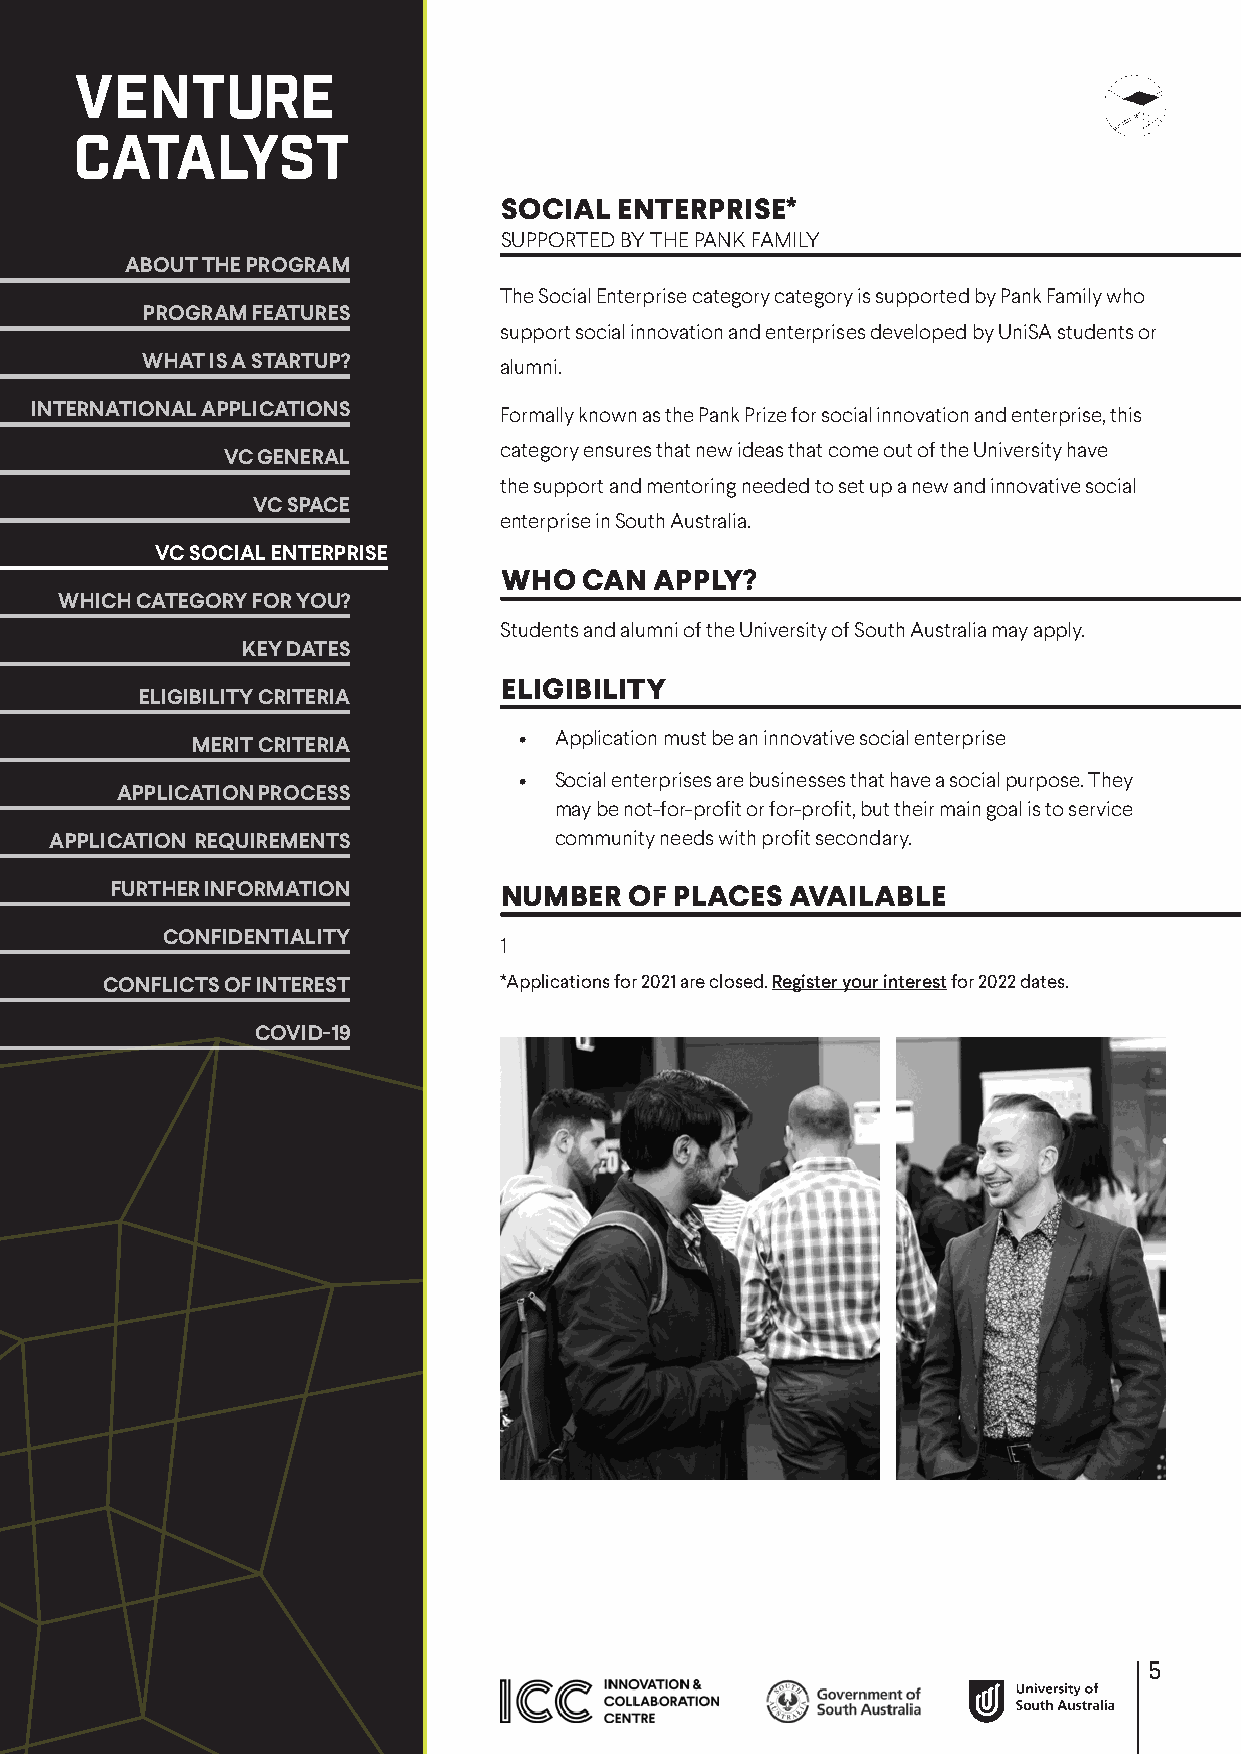
SOCIAL  ENTERPRISE*
 SUPPORTED BY THE PANK FAMILY
 ABOUT THE PROGRAM
 The Social Enterprise category category is supported by Pank Family who
 PROGRAM FEATURES
 support social innovation and enterprises developed by UniSA students or
 WHAT IS A STARTUP?      alumni.
 INTERNATIONAL APPLICATIONS     Formally known as the Pank Prize for social innovation and enterprise, this
 category ensures that new ideas that come out of the University have
 VC GENERAL
 the support and mentoring needed to set up a new and innovative social
 VC SPACE
 enterprise in South Australia.
 VC SOCIAL ENTERPRISE
 WHO   CAN APPLY?
 WHICH CATEGORY FOR YOU?
 Students and alumni of the University of South Australia may apply.
 KEY DATES
 ELIGIBILITY
 ELIGIBILITY CRITERIA
 •  Application must be an innovative social enterprise
 MERIT CRITERIA
 •  Social enterprises are businesses that have a social purpose. They
 APPLICATION PROCESS
 may be not-for-profit or for-profit, but their main goal is to service
 APPLICATION REQUIREMENTS          community needs with profit secondary.
 FURTHER INFORMATION       NUMBER   OF PLACES AVAILABLE
 CONFIDENTIALITY
 1
 CONFLICTS OF INTEREST     *Applications for 2021 are closed. Register your interest for 2022 dates.
 COVID-19
 5